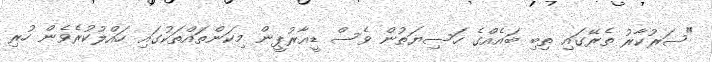
"ސަރުކާރު ތެރޭގައި ތިބި ބައެއްގެ ހަސިޔަތުން ވެސް ޑީއާރުޕީން މިކަންތައްތަކުގައި ހައްލުކުރެވެން ހުރި